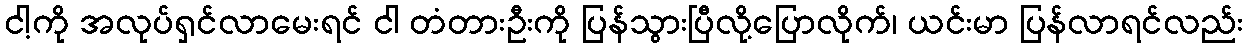
ငါ့ကို အလုပ်ရှင်လာမေးရင် ငါ တံတားဦးကို ပြန်သွားပြီလို့ပြောလိုက်၊ ယင်းမာ ပြန်လာရင်လည်း